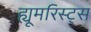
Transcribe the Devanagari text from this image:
ह्यूमरिस्ट्स